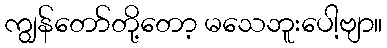
ကျွန်တော်တို့တော့ မသေဘူးပေါ့ဗျာ။